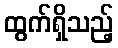
ထွက်ရှိသည့်